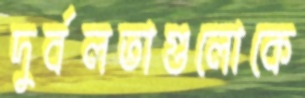
দুর্বলতাগুলোকে